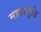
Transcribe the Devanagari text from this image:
महास्मृति